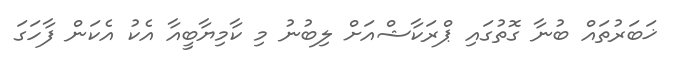
ޚަބަރުތައް ބުނާ ގޮތުގައި ޕްރަކާޝްއަށް ލިބުނު މި ކާމިޔާބީއާ އެކު އެކަން ފާހަގަ